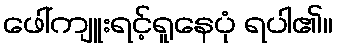
ဖေါ်ကျူးရင့်ရူနေပုံ ရပါ၏။